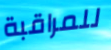
للمراقبة